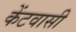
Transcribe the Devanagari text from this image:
केंटवासी